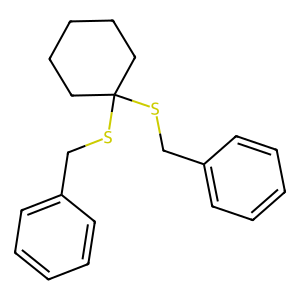
SMILES: c1ccc(CSC2(SCc3ccccc3)CCCCC2)cc1
Inhibits HIV replication: No